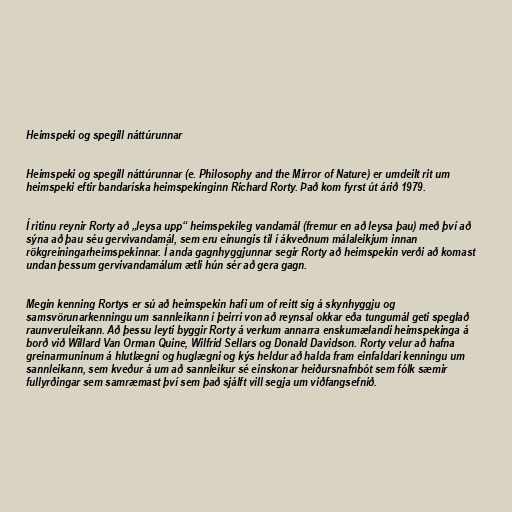
Heimspeki og spegill náttúrunnar

Heimspeki og spegill náttúrunnar (e. Philosophy and the Mirror of Nature) er umdeilt rit um
heimspeki eftir bandaríska heimspekinginn Richard Rorty. Það kom fyrst út árið 1979.

Í ritinu reynir Rorty að „leysa upp“ heimspekileg vandamál (fremur en að leysa þau) með því að
sýna að þau séu gervivandamál, sem eru einungis til í ákveðnum málaleikjum innan
rökgreiningarheimspekinnar. Í anda gagnhyggjunnar segir Rorty að heimspekin verði að komast
undan þessum gervivandamálum ætli hún sér að gera gagn.

Megin kenning Rortys er sú að heimspekin hafi um of reitt sig á skynhyggju og
samsvörunarkenningu um sannleikann í þeirri von að reynsal okkar eða tungumál geti speglað
raunveruleikann. Að þessu leyti byggir Rorty á verkum annarra enskumælandi heimspekinga á
borð við Willard Van Orman Quine, Wilfrid Sellars og Donald Davidson. Rorty velur að hafna
greinarmuninum á hlutlægni og huglægni og kýs heldur að halda fram einfaldari kenningu um
sannleikann, sem kveður á um að sannleikur sé einskonar heiðursnafnbót sem fólk sæmir
fullyrðingar sem samræmast því sem það sjálft vill segja um viðfangsefnið.